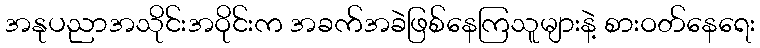
အနုပညာအသိုင်းအဝိုင်းက အခက်အခဲဖြစ်နေကြသူများနဲ့ စားဝတ်နေရေး